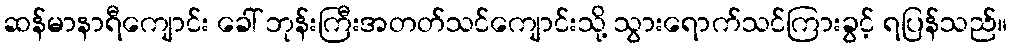
ဆန်မာနာရီကျောင်း ခေါ် ဘုန်းကြီးအတတ်သင်ကျောင်းသို့ သွားရောက်သင်ကြားခွင့် ရပြန်သည်။